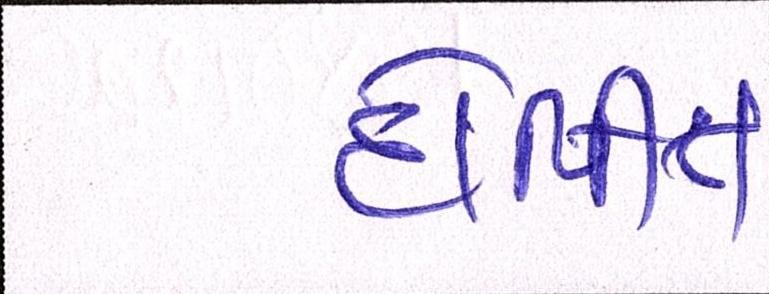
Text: દોષીત